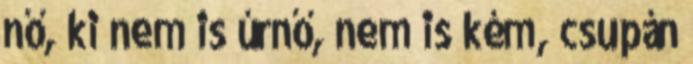
nő, ki nem is úrnő, nem is kém, csupán